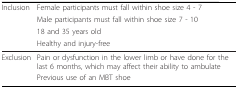
| Inclusion | Female participants must fall within shoe size 4 - 7 |
 |  | Male participants must fall within shoe size 7 - 10 |
 |  | 18 and 35 years old |
 |  | Healthy and injury-free |
 | --- | --- |
 | Exclusion | Pain or dysfunction in the lower limb or have done for the last 6 months, which may affect their ability to ambulate |
 |  | Previous use of an MBT shoe |